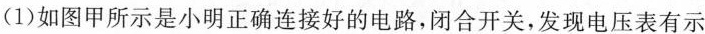
(1)如图甲所示是小明正确连接好的电路，闭合开关，发现电压表有示